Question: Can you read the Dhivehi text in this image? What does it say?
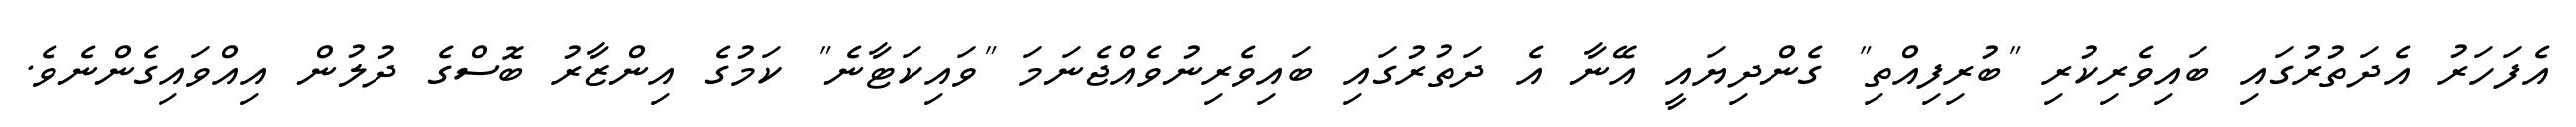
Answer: އެފަހަރު އެދަތުރުގައި ބައިވެރިކުރި "ބުރިފިއްތި" ގެންދިޔައީ އޭނާ އެ ދަތުރުގައި ބައިވެރިނުވެއްޖެނަމަ "ވައިކަޓާނެ" ކަމުގެ އިންޒާރު ބޮސްގެ ދުލުން އިއްވައިގެންނެވެ.